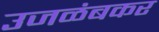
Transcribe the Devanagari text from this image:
उजळंबकर